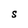
Character: S